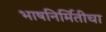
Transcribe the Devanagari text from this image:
भाषनिर्मितीचा